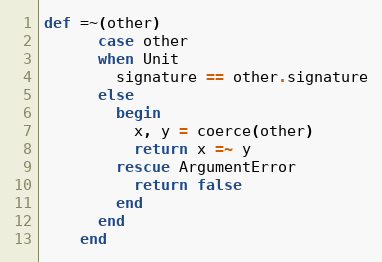
Language: Ruby
def =~(other)
      case other
      when Unit
        signature == other.signature
      else
        begin
          x, y = coerce(other)
          return x =~ y
        rescue ArgumentError
          return false
        end
      end
    end